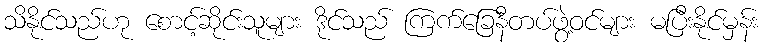
သိနိုင်သည်ဟု စောင့်ဆိုင်းသူများ ဒိုင်သည် ကြက်ခြေနီတပ်ဖွဲ့ဝင်များ မပြီးနိုင်မှန်း